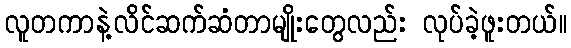
လူတကာနဲ့လိင်ဆက်ဆံတာမျိုးတွေလည်း လုပ်ခဲ့ဖူးတယ်။